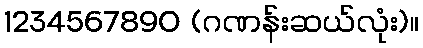
1234567890 (ဂဏန်းဆယ်လုံး)။